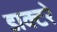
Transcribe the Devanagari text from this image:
डाक्टरे